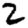
Digit: 2